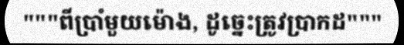
"""ពីប្រាំមួយម៉ោង, ដូច្នេះត្រូវប្រាកដ"""